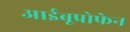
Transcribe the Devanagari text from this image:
आईबूप्रोफेन